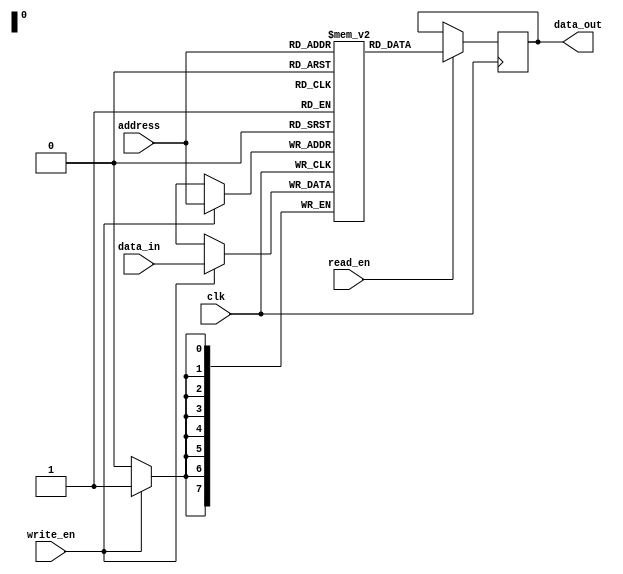
module SDRAM (
    input wire clk,
    input wire [7:0] data_in,
    input wire [7:0] address,
    input wire write_en,
    input wire read_en,
    output reg [7:0] data_out
);

reg [7:0] memory [0:255]; // Memory array with 256 memory locations

always @(posedge clk) begin
    if (write_en) begin
        memory[address] <= data_in;
    end
    if (read_en) begin
        data_out <= memory[address];
    end
end

endmodule